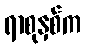
ရာစုနှစ်က